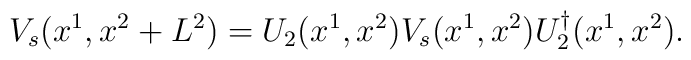
V_s(x^1,x^2 + L^2)  = U_2(x^1,x^2)V_s(x^1,x^2)U_2^{\dagger}(x^1,x^2).